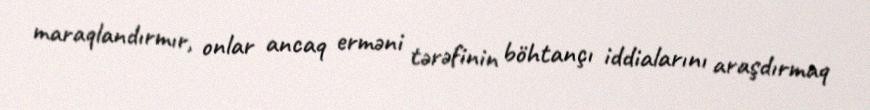
maraqlandırmır, onlar ancaq erməni tərəfinin böhtançı iddialarını araşdırmaq